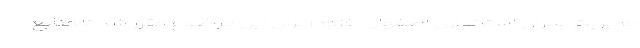
مدیریت بحران استانداری اصفهان افزود: برای این موضوع مقرر شد تا منابع